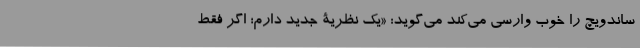
ساندویچ را خوب وارسی می‌کند می‌گوید: «یک نظریۀ جدید دارم؛ اگر فقط